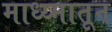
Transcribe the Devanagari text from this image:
माध्य्मातून